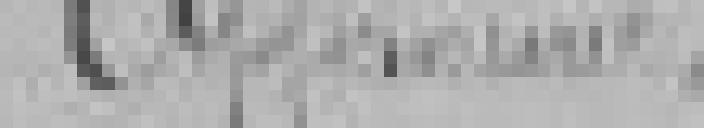
Approuvé